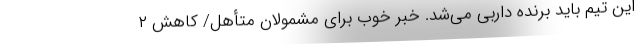
این تیم باید برنده داربی می‌شد. خبر خوب برای مشمولان متأهل/ کاهش ۲